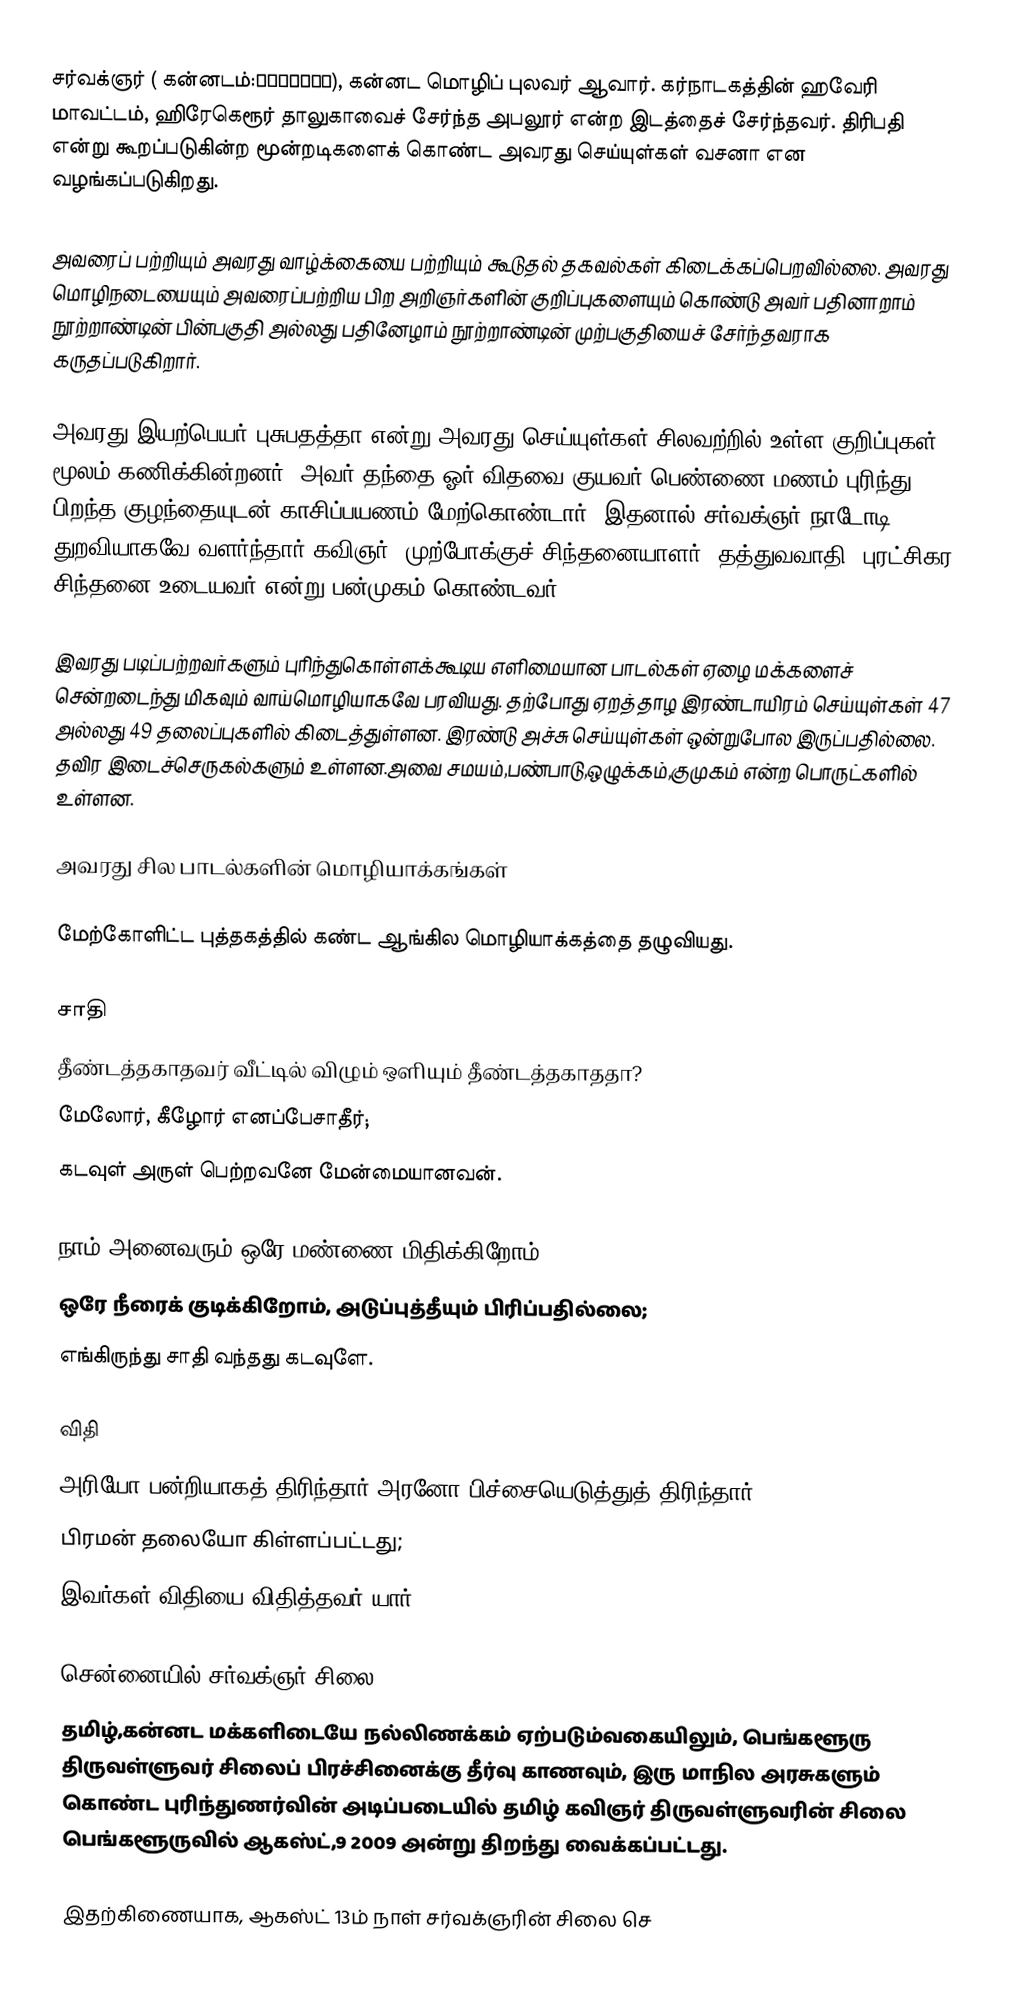
சர்வக்ஞர் ( கன்னடம்:ಸರ್ವಜ್ಞ), கன்னட மொழிப் புலவர் ஆவார். கர்நாடகத்தின் ஹவேரி மாவட்டம், ஹிரேகெரூர் தாலுகாவைச் சேர்ந்த அபலூர் என்ற இடத்தைச் சேர்ந்தவர். திரிபதி என்று கூறப்படுகின்ற மூன்றடிகளைக் கொண்ட அவரது செய்யுள்கள் வசனா என வழங்கப்படுகிறது.

அவரைப் பற்றியும் அவரது வாழ்க்கையை பற்றியும் கூடுதல் தகவல்கள் கிடைக்கப்பெறவில்லை. அவரது மொழிநடையையும் அவரைப்பற்றிய பிற அறிஞர்களின் குறிப்புகளையும் கொண்டு அவர் பதினாறாம் நூற்றாண்டின் பின்பகுதி அல்லது பதினேழாம் நூற்றாண்டின் முற்பகுதியைச் சேர்ந்தவராக கருதப்படுகிறார்.

அவரது இயற்பெயர் புசுபதத்தா என்று அவரது செய்யுள்கள் சிலவற்றில் உள்ள குறிப்புகள் மூலம் கணிக்கின்றனர். அவர் தந்தை ஓர் விதவை குயவர் பெண்ணை மணம் புரிந்து பிறந்த குழந்தையுடன் காசிப்பயணம் மேற்கொண்டார். இதனால் சர்வக்ஞர் நாடோடி துறவியாகவே வளர்ந்தார்.கவிஞர், முற்போக்குச் சிந்தனையாளர், தத்துவவாதி, புரட்சிகர சிந்தனை உடையவர் என்று பன்முகம் கொண்டவர்.

இவரது படிப்பற்றவர்களும் புரிந்துகொள்ளக்கூடிய எளிமையான பாடல்கள் ஏழை மக்களைச் சென்றடைந்து மிகவும் வாய்மொழியாகவே பரவியது. தற்போது ஏறத்தாழ இரண்டாயிரம் செய்யுள்கள் 47 அல்லது 49 தலைப்புகளில் கிடைத்துள்ளன. இரண்டு அச்சு செய்யுள்கள் ஒன்றுபோல இருப்பதில்லை. தவிர இடைச்செருகல்களும் உள்ளன.அவை சமயம்,பண்பாடு,ஒழுக்கம்,குமுகம் என்ற பொருட்களில் உள்ளன.

அவரது சில பாடல்களின் மொழியாக்கங்கள்

மேற்கோளிட்ட புத்தகத்தில் கண்ட ஆங்கில மொழியாக்கத்தை தழுவியது.

சாதி
தீண்டத்தகாதவர் வீட்டில் விழும் ஒளியும் தீண்டத்தகாததா?
மேலோர், கீழோர் எனப்பேசாதீர்;
கடவுள் அருள் பெற்றவனே மேன்மையானவன்.

நாம் அனைவரும் ஒரே மண்ணை மிதிக்கிறோம்
ஒரே நீரைக் குடிக்கிறோம், அடுப்புத்தீயும் பிரிப்பதில்லை;
எங்கிருந்து சாதி வந்தது கடவுளே.

விதி
அரியோ பன்றியாகத் திரிந்தார்,அரனோ பிச்சையெடுத்துத் திரிந்தார்,
பிரமன் தலையோ கிள்ளப்பட்டது;
இவர்கள் விதியை விதித்தவர் யார்.

சென்னையில் சர்வக்ஞர் சிலை
தமிழ்,கன்னட மக்களிடையே நல்லிணக்கம் ஏற்படும்வகையிலும், பெங்களூரு திருவள்ளுவர் சிலைப் பிரச்சினைக்கு தீர்வு காணவும், இரு மாநில அரசுகளும் கொண்ட புரிந்துணர்வின் அடிப்படையில் தமிழ் கவிஞர் திருவள்ளுவரின் சிலை பெங்களூருவில் ஆகஸ்ட்,9 2009 அன்று திறந்து வைக்கப்பட்டது.

இதற்கிணையாக, ஆகஸ்ட் 13ம் நாள் சர்வக்ஞரின் சிலை செ